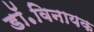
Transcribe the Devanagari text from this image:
डॉ॰विनायक